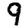
Digit: 9